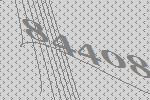
84408